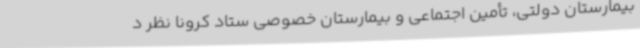
بیمارستان دولتی، تأمین اجتماعی و بیمارستان خصوصی ستاد کرونا نظر د